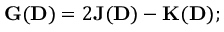
{ \displaystyle { \bf G } ( { \bf D } ) = 2 { \bf J } ( { \bf D } ) - { \bf K } ( { \bf D } ) } ;